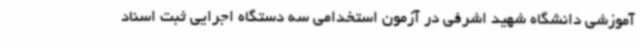
آموزشی دانشگاه شهید اشرفی در آزمون استخدامی سه دستگاه اجرایی ثبت اسناد